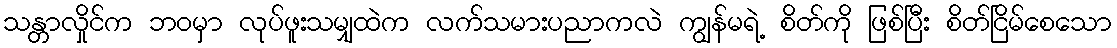
သန္တာလှိုင်က ဘဝမှာ လုပ်ဖူးသမျှထဲက လက်သမားပညာကလဲ ကျွန်မရဲ့ စိတ်ကို ဖြစ်ပြီး စိတ်ငြိမ်စေသော